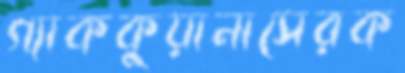
গ্যাককুয়ানাসেরক